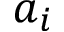
a _ { i }